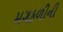
મગફળીની